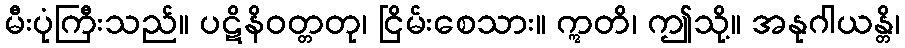
မီးပုံကြီးသည်။ ပဋိနိဝတ္တတု၊ ငြိမ်းစေသား။ ဣတိ၊ ဤသို့။ အနုဂါယန္တိ၊